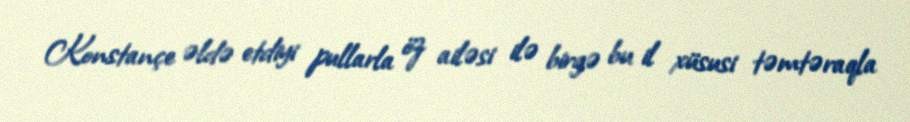
Konstançe əldə etdiyi pullarla öz ailəsi ilə birgə bu il xüsusi təmtəraqla